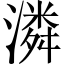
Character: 潾